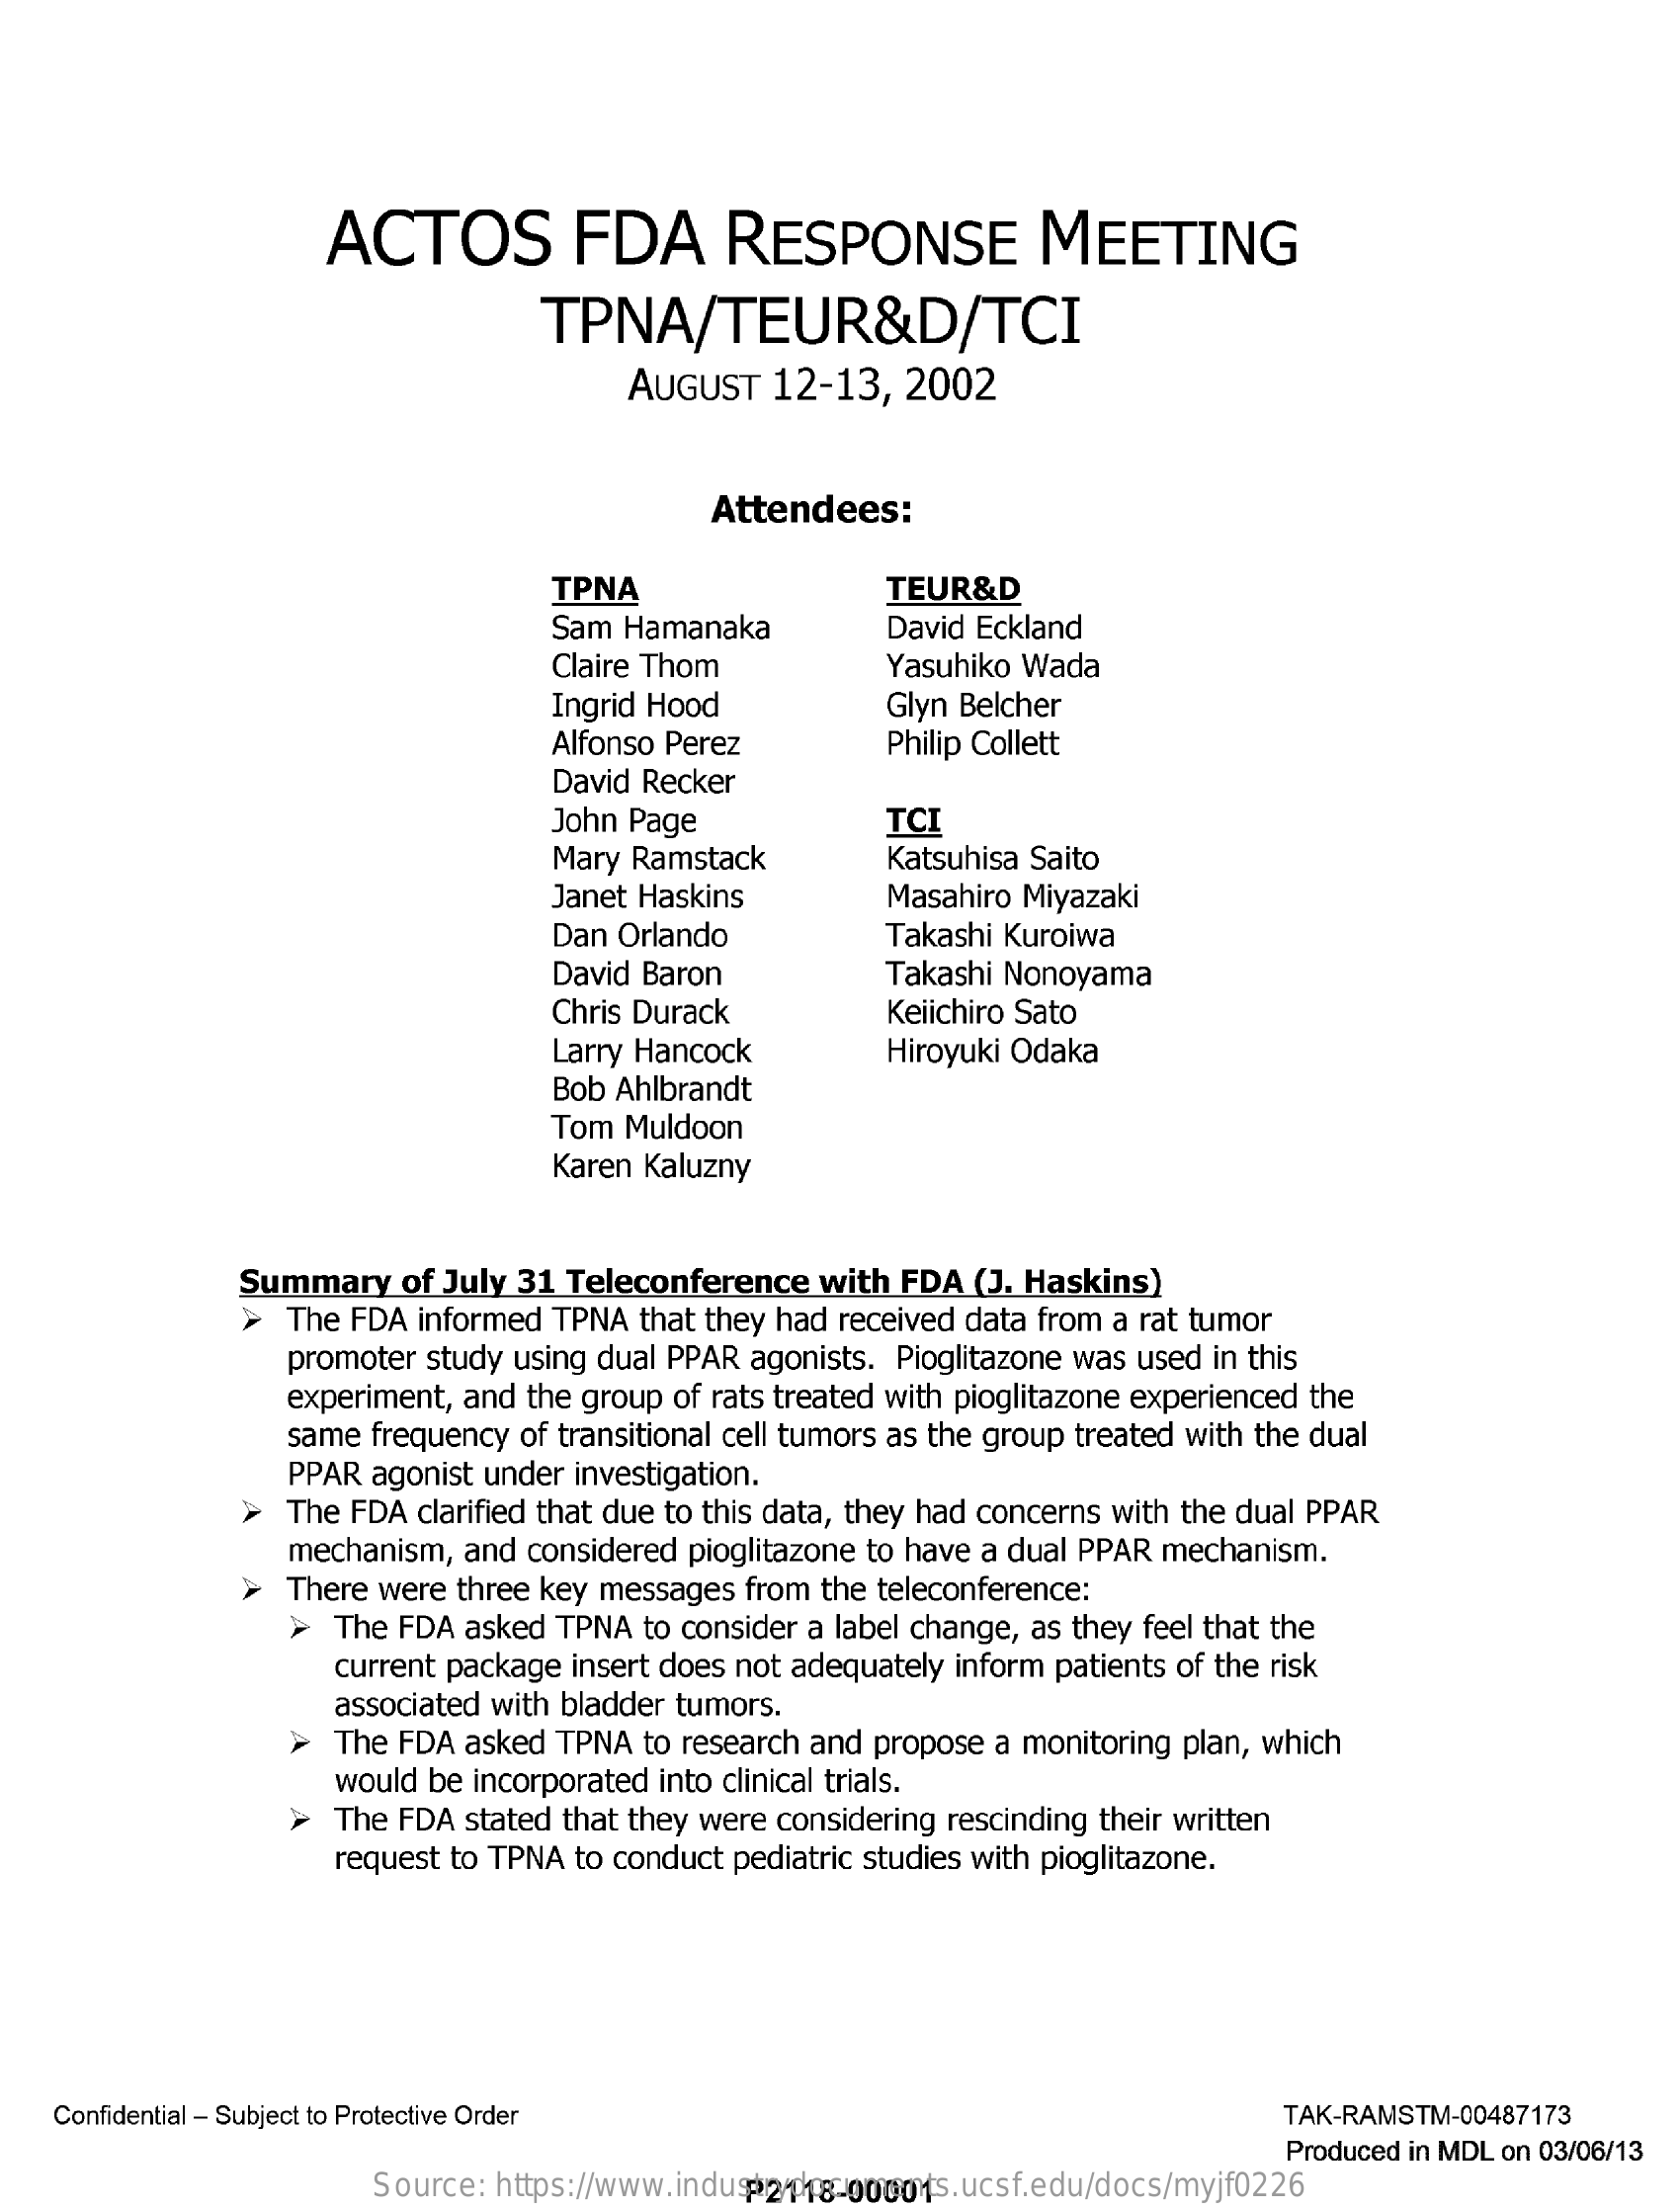
ACTOS    FDA    RESPONSE    MEETING
     TPNA/TEUR&D/TCI
     AUGUST    12-13,    2002
     Attendees:
     TPNA    TEUR&D
     Sam  Hamanaka    David Eckland
     Claire Thom    Yasuhiko  Wada
     Ingrid Hood    Glyn Belcher
     Alfonso Perez    Philip Collett
     David Recker
     John Page    TCI
     Mary Ramstack    Katsuhisa Saito
     Janet Haskins    Masahiro  Miyazaki
     Dan Orlando    Takashi Kuroiwa
     David Baron    Takashi Nonoyama
     Chris Durack    Keiichiro Sato
     Larry Hancock    Hiroyuki Odaka
     Bob Ahlbrandt
     Tom  Muldoon
     Karen Kaluzny
     Summary    of July  31  Teleconference    with  FDA  (J. Haskins)
     The FDA  informed   TPNA  that they had  received  data from  a rat tumor
     promoter  study using  dual PPAR  agonists.  Pioglitazone  was used  in this
     experiment,  and  the group of rats treated with  pioglitazone experienced  the
     same  frequency  of transitional cell tumors as the group  treated with the  dual
     PPAR  agonist under  investigation.
     The FDA  clarified that due to this data, they had concerns  with  the dual PPAR
     mechanism,   and considered   pioglitazone to have  a dual PPAR  mechanism.
     There were  three key  messages   from  the teleconference:
     >  The  FDA  asked  TPNA  to consider  a label change, as  they feel that the
     current package  insert does not adequately   inform patients of the risk
     associated with bladder  tumors.
     >  The  FDA  asked  TPNA  to research  and  propose  a monitoring  plan, which
     would be incorporated  into clinical trials.
     The  FDA  stated that they were  considering  rescinding  their written
     request  to TPNA  to conduct  pediatric studies with pioglitazone.
    Confidential - Subject to Protective Order    TAK-RAMSTM-00487173
     Produced in MDL on 03/06/13
     Source:  https://www.industrydocuments.ucsf.edu/docs/myjf0226 P2118-00001